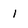
Character: 1